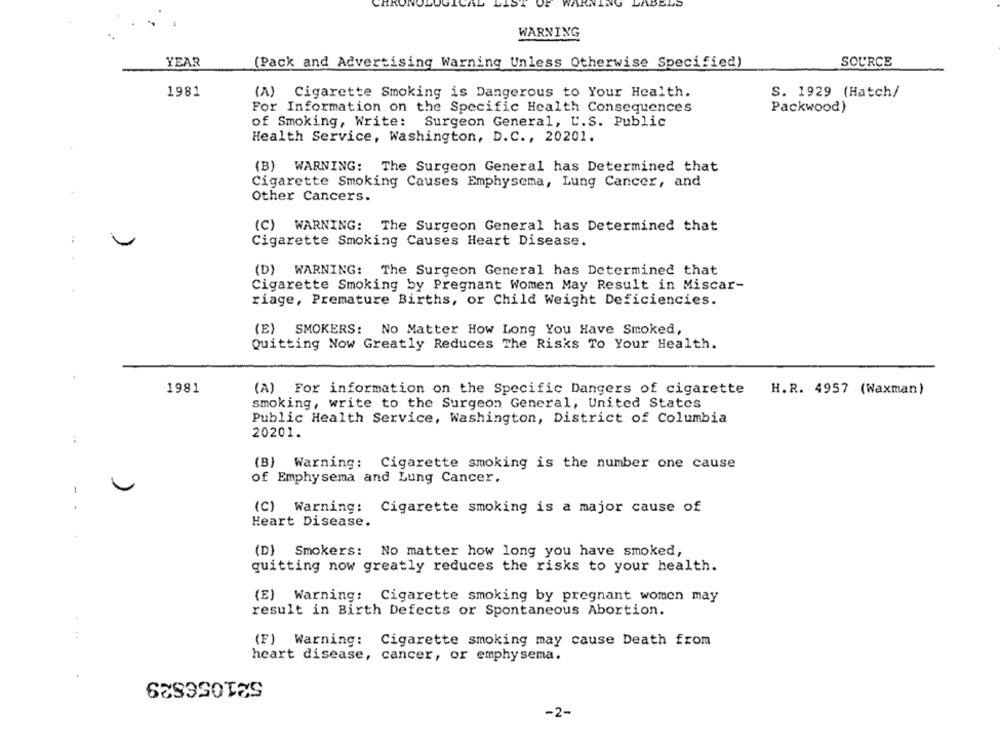
WARNING
YEAR
(Pack and Advertising Warning Unless Otherwise Specified)
SOURCE
1981
(A) Cigarette Smoking is Dangerous to Your Health.
S. 1929 (Hatch/
For Information on the Specific Health Consequences
Packwood)
of Smoking, Write: Surgeon General, U.S. Public
Health Service, Washington, D.C ., 20201.
(B) WARNING: The Surgeon General has Determined that
Cigarette Smoking Causes Emphysema, Lung Cancer, and
Other Cancers.
(C) WARNING: The Surgeon General has Determined that
Cigarette Smoking Causes Heart Disease.
(D) WARNING: The Surgeon General has Determined that
Cigarette Smoking by Pregnant Women May Result in Miscar-
riage, Premature Births, or Child Weight Deficiencies.
(E) SMOKERS: No Matter How Long You Have Smoked,
Quitting Now Greatly Reduces The Risks To Your Health.
1981
(A) For information on the Specific Dangers of cigarette
H.R. 4957 (Waxman)
smoking, write to the Surgeon General, United States
Public Health Service, Washington, District of Columbia
20201.
..
(B) Warning: Cigarette smoking is the number one cause
of Emphysema and Lung Cancer.
1
(C) Warning: Cigarette smoking is a major cause of
Heart Disease.
(D) Smokers: No matter how long you have smoked,
quitting now greatly reduces the risks to your health.
(E) Warning: Cigarette smoking by pregnant women may
result in Birth Defects or Spontaneous Abortion.
(F) Warning: Cigarette smoking may cause Death from
heart disease, cancer, or emphysema.
521056829
-2-